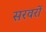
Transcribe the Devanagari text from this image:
सरवरों